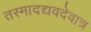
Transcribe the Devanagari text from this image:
तस्मादद्यवदेवात्र